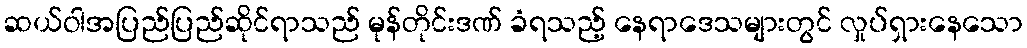
ဆယ်ဝါအပြည်ပြည်ဆိုင်ရာသည် မုန်တိုင်းဒဏ် ခံရသည့် နေရာဒေသများတွင် လှုပ်ရှားနေသော